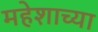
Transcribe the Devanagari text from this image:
महेशाच्या